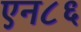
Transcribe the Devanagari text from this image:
एन८६